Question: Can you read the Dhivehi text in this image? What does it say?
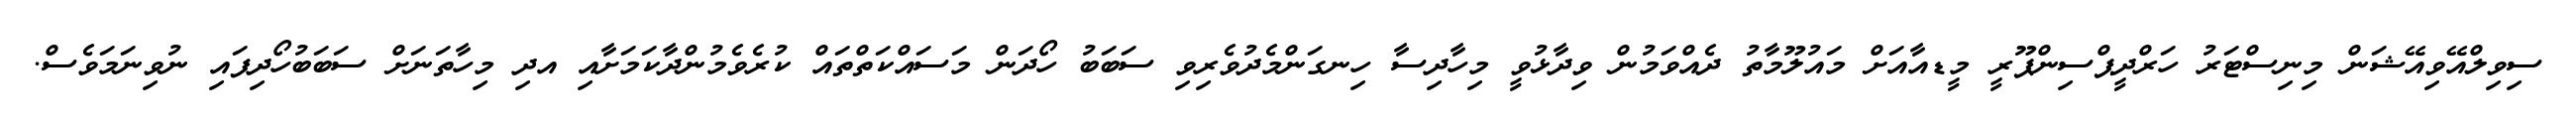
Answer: ސިވިލްއޭވިއޭޝަން މިނިސްޓަރު ހަރްދީޕްސިންޕޫރީ މީޑއާއަށް މައުލޫމާތު ދެއްވަމުން ވިދާޅުވީ މިހާދިސާ ހިނގަންމެދުވެރިވި ސަބަބު ހޯދަން މަސައްކަތްތައް ކުރެވެމުންދާކަމަށާއި އދި މިހާތަނަށް ސަބަބުހޯދިފައި ނުވިނަމަވެސް.